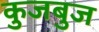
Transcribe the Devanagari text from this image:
कुजबुज